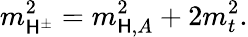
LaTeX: m_{\mathsf{H}^{\pm}}^{2}=m_{\mathsf{H},A}^{2}+2m_{t}^{2}.